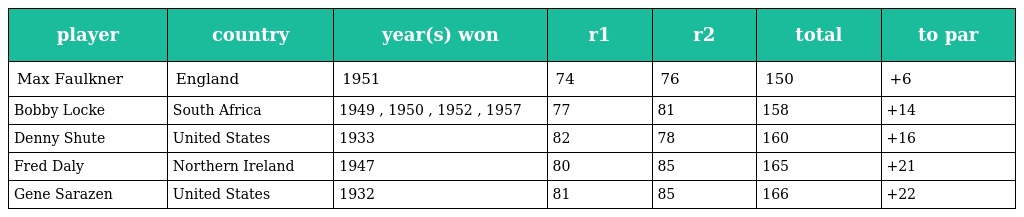
| player | country | year(s) won | r1 | r2 | total | to par |
 | --- | --- | --- | --- | --- | --- | --- |
 | Max Faulkner | England | 1951 | 74 | 76 | 150 | +6 |
 | Bobby Locke | South Africa | 1949 , 1950 , 1952 , 1957 | 77 | 81 | 158 | +14 |
 | Denny Shute | United States | 1933 | 82 | 78 | 160 | +16 |
 | Fred Daly | Northern Ireland | 1947 | 80 | 85 | 165 | +21 |
 | Gene Sarazen | United States | 1932 | 81 | 85 | 166 | +22 |